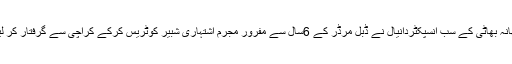
تھانہ بھاٹی کے سب انسپکٹردانیال نے ڈبل مرڈر کے 6سال سے مفرور مجرم اشتہاری شبیر کوٹریس کرکے کراچی سے گرفتار کر لیا۔